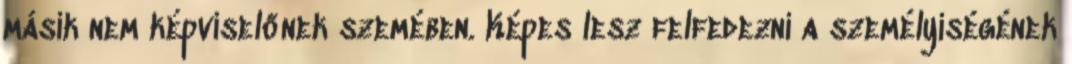
másik nem képviselőnek szemében. Képes lesz felfedezni a személyiségének